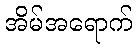
အိမ်အရောက်